Report on vaccination in Madras 1904-1921 - 1904-1921
Year: 1904
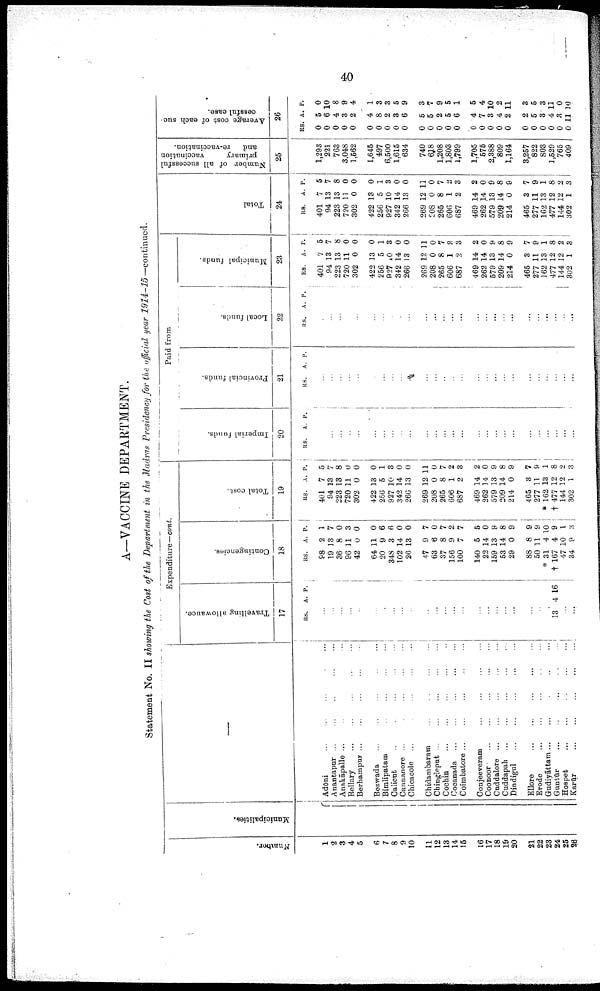
40
A—VACCINE DEPARTMENT.
Statement No. II showing the Cost of the Department in the Madras Presidency for the official year 1914-15— continued.
Number.
1
2
3
4
5
6
7
8
9
10
11
12
13
14
15
16
17
18
19
20
21
22
23
24
25
26
Municipalities.
—
Adōni ... ... ... ... ...
Anantapur
...
...
...
...
...
Anakāpalle ... ... ... ... ...
Bellary ... ... ... ... ...
Berhampur ... ... ... ... ...
Bezwada ... ... ... ... ...
Bimlipatam
...
...
...
...
...
Calicut
...
...
...
...
...
Cannanore ...
...
...
...
...
Chicacole ...
...
...
...
...
Chidambaram
...
...
...
...
Chingleput ... ... ... ... ...
Cochin
...
...
...
...
...
Cocanada ... ... ... ... ...
Coimbatore
...
...
...
...
...
Conjeeveram
...
...
...
...
Coonoor
...
...
...
...
...
Cuddalore ...
...
...
...
...
Cuddapah
...
...
...
...
...
Dindigul
...
...
...
...
...
Ellore
...
...
...
...
...
Erode
...
...
...
...
...
Gudiyāttam ... ... ... ... ...
Guntūr
...
...
...
...
...
Hospet
...
...
...
...
...
Karür
...
...
...
...
...
Expenditure—cont.
Travelling allowance.
17
RS. A. P.
...
...
...
...
...
...
...
...
...
...
...
...
...
...
...
...
...
...
...
...
...
...
...
13 4 16
...
...
Contingencies.
18
RS.
98
19
36
96
42
64
20
348
102
26
47
63
37
156
100
140
22
159
53
29
88
50
* 31
† 167
47
34
A.
2
13
8
11
0
11
9
3
14
13
9
6
8
9
7
5
14
13
14
0
8
11
4
4
10
9
P.
1
7
0
3
0
0
6
6
0
0
7
0
7
2
7
5
0
9
8
9
9
9
10
9
1
»
Total cost.
19
RS.
401
94
223
720
302
422
256
927
342
266
269
208
265
606
687
469
262
579
209
214
465
277
* 162
† 477
144
302
A.
7
13
13
11
0
13
5
10
14
13
12
0
8
1
2
14
14
13
14
0
3
11
13
12
12
1
P.
5
7
8
0
0
0
1
3
0
0
11
0
7
2
3
2
0
9
8
9
7
9
1
8
2
3
Paid from
Imperial funds.
20
RS. A. P.
...
...
...
...
...
...
...
...
...
...
...
...
...
...
...
...
...
...
...
...
...
...
...
...
...
...
Provincial funds.
21
RS. A. P.
...
...
...
...
...
...
...
...
...
...
...
...
...
...
...
...
...
...
...
...
...
...
...
...
...
...
Local funds.
22
RS. A. P.
...
...
...
...
...
...
...
...
...
...
...
...
...
...
...
...
...
...
...
...
...
...
...
...
...
...
Municipal funds.
23
RS.
401
94
223
720
302
422
256
927
342
266
269
208
265
606
687
469
262
579
209
214
465
277
162
477
144
302
A.
7
13
13
11
0
13
5
10
14
13
12
0
8
1
2
14
14
13
14
0
3
11
13
12
12
1
P.
5
7
8
0
0
0
1
3
0
0
11
0
7
2
3
2
0
9
8
9
7
9
1
8
2
3
Total
24
RS.
401
94
223
720
302
422
256
927
342
266
269
208
265
606
687
469
262
579
209
214
465
277
162
477
144
302
A.
7
13
13
11
0
13
5
10
14
13
12
0
8
1
2
14
14
13
14
0
3
11
13
12
12
1
P.
5
7
8
0
0
0
1
3
0
0
11
0
7
2
3
2
0
9
8
9
7
9
1
8
2 3
Number of all successful
primary
vaccination
and
re-vaccination.
25
1,293
221
763
3,048
1,562
1,645
497
6,500
1,615
634
740
618
1,208
1,808
1,799
1,705
575
2,388
809
1,164
3,257
822
803
1,529
765
409
Average cost of each suc¬
cessful case.
26
RS.
0
0
0
0
0
0
0
0
0
0
0
0
0
0
0
0
0
0
0
0
0
0
0
0
0
0
A.
5
6
4
3
2
4
8
2
3
6
5
5
2
5
6
4
7
3
4
2
2
5
3
4
3
11
P.
0
10
8
9
4
1
3
3
5
9
3
7
9
5
1
5
4
10
2
11
3
5
3
11
0
10